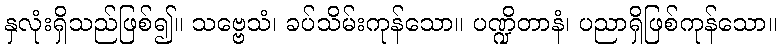
နှလုံးရှိသည်ဖြစ်၍။ သဗ္ဗေသံ၊ ခပ်သိမ်းကုန်သော။ ပဏ္ဍိတာနံ၊ ပညာရှိဖြစ်ကုန်သော။